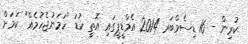
ކުރިން - 16 ޑިސެމްބަރ 2014 އެމްޑީޕީގައި އޮތީ ކުޑަ "ހަމަނުޖެހުމެއް" ކަމަށް